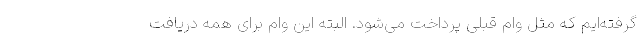
گرفته‌ایم که مثل وام قبلی پرداخت می‌شود. البته این وام برای همه دریافت